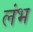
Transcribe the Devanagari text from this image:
लंभ